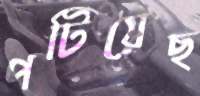
পটিয়েছ